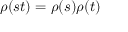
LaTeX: \rho ( s t ) = \rho ( s ) \rho ( t )